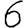
Digit: 6